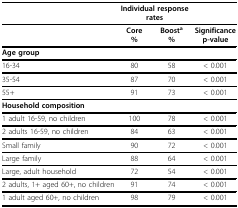
<table><thead><tr><td></td><td colspan="2"><b>Individual response rates</b></td><td></td></tr></thead><tbody><tr><td></td><td><b>Core</b><b>%</b></td><td><b>Boost</b><sup><b>a</b></sup><b>%</b></td><td><b>Significance</b><b>p-value</b></td></tr><tr><td><b>Age group</b></td><td></td><td></td><td></td></tr><tr><td>16-34</td><td>80</td><td>58</td><td>&lt; 0.001</td></tr><tr><td>35-54</td><td>87</td><td>70</td><td>&lt; 0.001</td></tr><tr><td>55+</td><td>91</td><td>73</td><td>&lt; 0.001</td></tr><tr><td><b>Household composition</b></td><td></td><td></td><td></td></tr><tr><td>1 adult 16-59, no children</td><td>100</td><td>78</td><td>&lt; 0.001</td></tr><tr><td>2 adults 16-59, no children</td><td>84</td><td>63</td><td>&lt; 0.001</td></tr><tr><td>Small family</td><td>90</td><td>72</td><td>&lt; 0.001</td></tr><tr><td>Large family</td><td>88</td><td>64</td><td>&lt; 0.001</td></tr><tr><td>Large, adult household</td><td>72</td><td>54</td><td>&lt; 0.001</td></tr><tr><td>2 adults, 1+ aged 60+, no children</td><td>91</td><td>74</td><td>&lt; 0.001</td></tr><tr><td>1 adult aged 60+, no children</td><td>98</td><td>79</td><td>&lt; 0.001</td></tr></tbody></table>